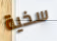
سخية